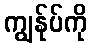
ကျွန်ုပ်ကို